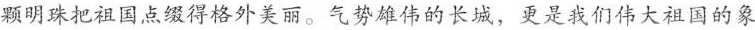
颗明珠把祖国点缀得格外美丽。气势雄伟的长城，更是我们伟大祖国的象